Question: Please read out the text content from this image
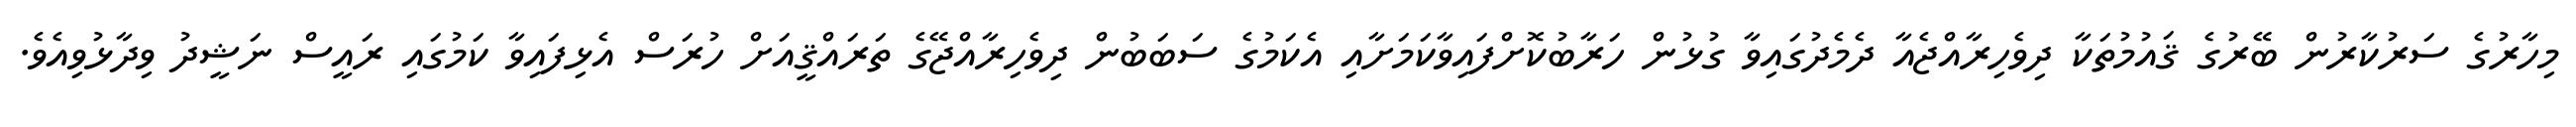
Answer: މިހާރުގެ ސަރުކާރުން ބޭރުގެ ޤައުމުތަކާ ދިވެހިރާއްޖެއާ ދެމެދުގައިވާ ގުޅުން ހަރާބުކޮށްފައިވާކަމަށާއި އެކަމުގެ ސަބަބުން ދިވެހިރާއްޖޭގެ ތަރައްޤީއަށް ހުރަސް އެޅިފައިވާ ކަމުގައި ރައީސް ނަޝީދު ވިދާޅުވިއެވެ.